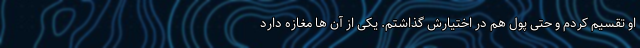
او تقسیم کردم و حتی پول هم در اختیارش گذاشتم. یکی از آن ها مغازه دارد